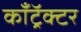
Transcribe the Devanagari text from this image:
काँट्रॅक्टर